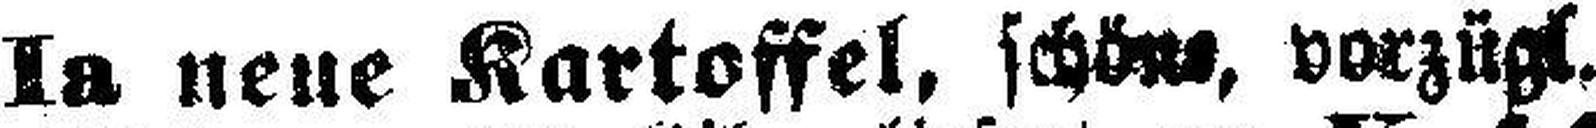
Ia neue Kartoffel, schöne, vorzügl. ###